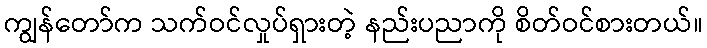
ကျွန်တော်က သက်ဝင်လှုပ်ရှားတဲ့ နည်းပညာကို စိတ်ဝင်စားတယ်။